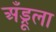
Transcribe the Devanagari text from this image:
अँड्रूला